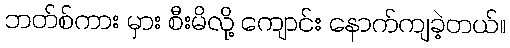
ဘတ်စ်ကား မှား စီးမိလို့ ကျောင်း နောက်ကျခဲ့တယ်။